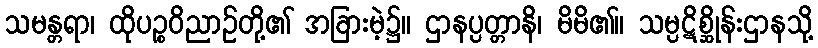
သမန္တရာ၊ ထိုပဉ္စဝိညာဉ်တို့၏ အခြားမဲ့၌။ ဌာနပ္ပတ္တာနိ၊ မိမိ၏။ သမ္ပဋိစ္ဆိုန်းဌာနသို့